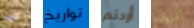
جيد تواريخ أردتم الروك